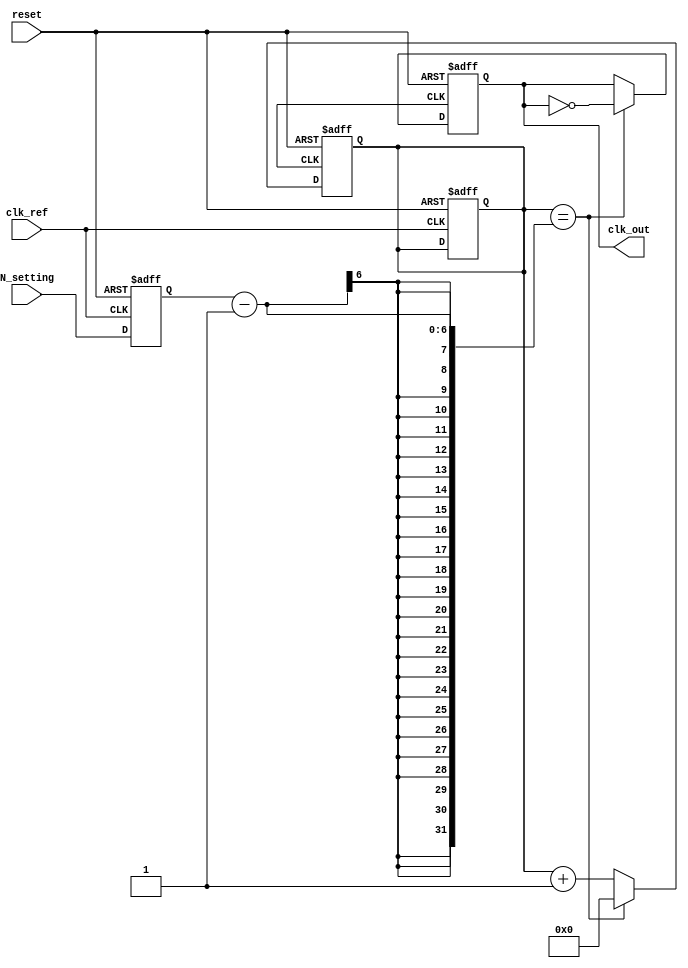
module integer_n_pll (
    input wire clk_ref,            // Reference clock input
    input wire reset,              // Reset signal
    input wire [5:0] N_setting,    // Programmable division factor (N)
    output wire clk_out            // Output clock
);

// Phase Detector (PD)
reg phase_error;
reg clk_div;

// Charge Pump (CP)
reg [7:0] control_voltage;
reg charge, discharge;

// Loop Filter (LF)
reg [7:0] filtered_voltage;

// Voltage-Controlled Oscillator (VCO)
wire vco_out;
reg [7:0] vco_freq;

// Divider
reg [5:0] divider_count;

// Memory Block for configuration (N)
reg [5:0] N;

// Initialization
always @(posedge clk_ref or posedge reset) begin
    if (reset) begin
        N <= 6'd1; // Set default divider factor
        control_voltage <= 8'd0;
        filtered_voltage <= 8'd0;
        divider_count <= 6'd0;
    end else begin
        N <= N_setting; // Load new division factor
    end
end

// Phase Detector: Determines the phase error
always @(posedge clk_ref or posedge reset) begin
    if (reset) begin
        phase_error <= 1'b0;
    end else begin
        // Simple phase error detection logic (ignoring complex delay)
        phase_error <= (clk_ref == clk_div) ? 1'b0 : 1'b1;
    end
end

// Charge Pump: Generates a control voltage based on phase error
always @(posedge clk_ref or posedge reset) begin
    if (reset) begin
        charge <= 1'b0;
        discharge <= 1'b0;
    end else if (phase_error) begin
        charge <= 1'b1; // Phase error detected: Charge
        discharge <= 1'b0;
    end else begin
        charge <= 1'b0;
        discharge <= 1'b1; // No phase error: Discharge
    end
end

// Simulated charge pump output voltage adjustment
always @(posedge clk_ref or posedge reset) begin
    if (reset) begin
        control_voltage <= 8'd128; // Mid-scale
    end else begin
        if (charge) begin
            control_voltage <= control_voltage + 8'd1; // Increase voltage
        end else if (discharge) begin
            control_voltage <= control_voltage - 8'd1; // Decrease voltage
        end
    end
end

// Loop Filter: Simple low-pass filter
always @(posedge clk_ref or posedge reset) begin
    if (reset) begin
        filtered_voltage <= 8'd128; // Initial filter value
    end else begin
        filtered_voltage <= (filtered_voltage + control_voltage) >> 1; // Average voltage
    end
end

// Voltage-Controlled Oscillator (VCO)
always @(posedge clk_ref or posedge reset) begin
    if (reset) begin
        vco_freq <= 8'd100; // Initial VCO frequency
    end else begin
        vco_freq <= filtered_voltage; // Control frequency by filter output
    end
end

// Divider (N)
always @(posedge vco_out or posedge reset) begin
    if (reset) begin
        divider_count <= 6'd0;
        clk_div <= 1'b0;
    end else if (divider_count == N - 1) begin
        clk_div <= ~clk_div; // Toggle output clock
        divider_count <= 6'd0; // Reset count
    end else begin
        divider_count <= divider_count + 1; // Increment count
    end
end

// Output clock generation
assign clk_out = clk_div;

endmodule